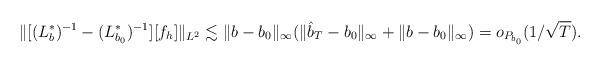
LaTeX: \begin{align*} \|[(L_{b}^*)^{-1}-(L_{b_0}^*)^{-1}][f_h]\|_{L^2} \lesssim \|b-b_0\|_\infty (\|\hat b_T - b_0\|_{\infty} + \|b-b_0\|_{\infty})=o_{P_{b_0}}(1/\sqrt T).\end{align*}